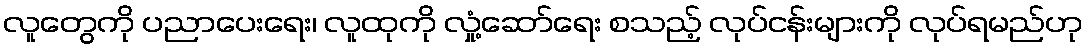
လူတွေကို ပညာပေးရေး၊ လူထုကို လှုံ့ဆော်ရေး စသည့် လုပ်ငန်းများကို လုပ်ရမည်ဟု